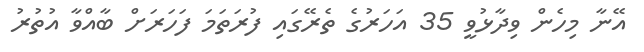
އޭނާ މިހެން ވިދާޅުވީ 35 އަހަރުގެ ތެރޭގައި ފުރަތަމަ ފަހަރަށް ބާއްވާ އުތުރު